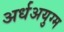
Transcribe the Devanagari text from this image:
अर्धअयुग्म